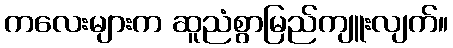
ကလေးများက ဆူညံစွာမြည်ကျူးလျက်။